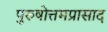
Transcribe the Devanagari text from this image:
पुरुषोत्तमप्रासाद